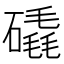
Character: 𥕹